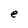
Character: e